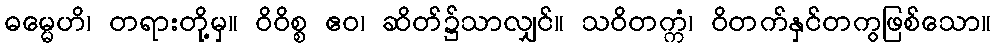
ဓမ္မေဟိ၊ တရားတို့မှ။ ဝိဝိစ္စ ဧဝ၊ ဆိတ်၌သာလျှင်။ သဝိတက္ကံ၊ ဝိတက်နှင်တကွဖြစ်သော။